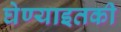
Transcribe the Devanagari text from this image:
घेण्याइतकी